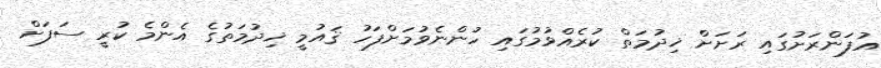
އުފަންރަށުގައި ރަށަށް ޚިދުމަތް ކުރެއްވުމުގައި ހުންނެވުމަށްފަހު ޤައުމީ ޚިދުމަތުގެ އެންމެ ކުރީ ސަފަށް